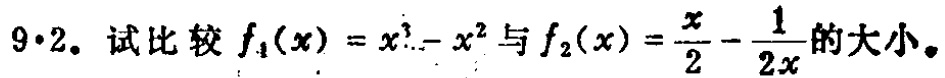
$9\cdot2.$ 试比较$f_1(x)=x^3 - x^2$与$f_2(x)=\frac{x}{2}-\frac{1}{2x}$的大小。